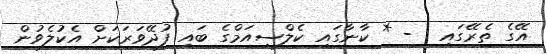
އޭގެ ތެރޭގައި : - * ކާނާގައި ކެލްސިއަމްގެ ބައި ފުދޭވަރަކަށް އެކުލެވުން